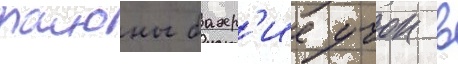
раионы бахр'ие учок в